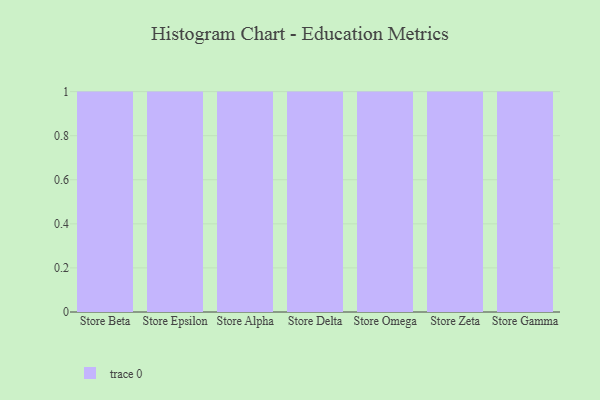
{"axis": {"x": "Store", "y": "Page Views"}, "legend": [""], "data": [{"x": "Store Beta", "y": 90, "type": ""}, {"x": "Store Epsilon", "y": 32, "type": ""}, {"x": "Store Alpha", "y": 87, "type": ""}, {"x": "Store Delta", "y": 76, "type": ""}, {"x": "Store Omega", "y": 22, "type": ""}, {"x": "Store Zeta", "y": 36, "type": ""}, {"x": "Store Gamma", "y": 64, "type": ""}]}